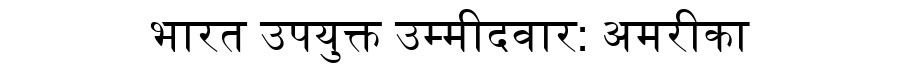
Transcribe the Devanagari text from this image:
भारत उपयुक्त उम्मीदवार: अमरीका